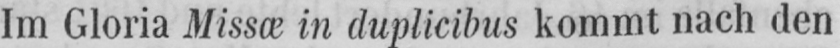
Im Gloria Missæ in duplicibus kommt nach den